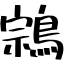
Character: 鶎